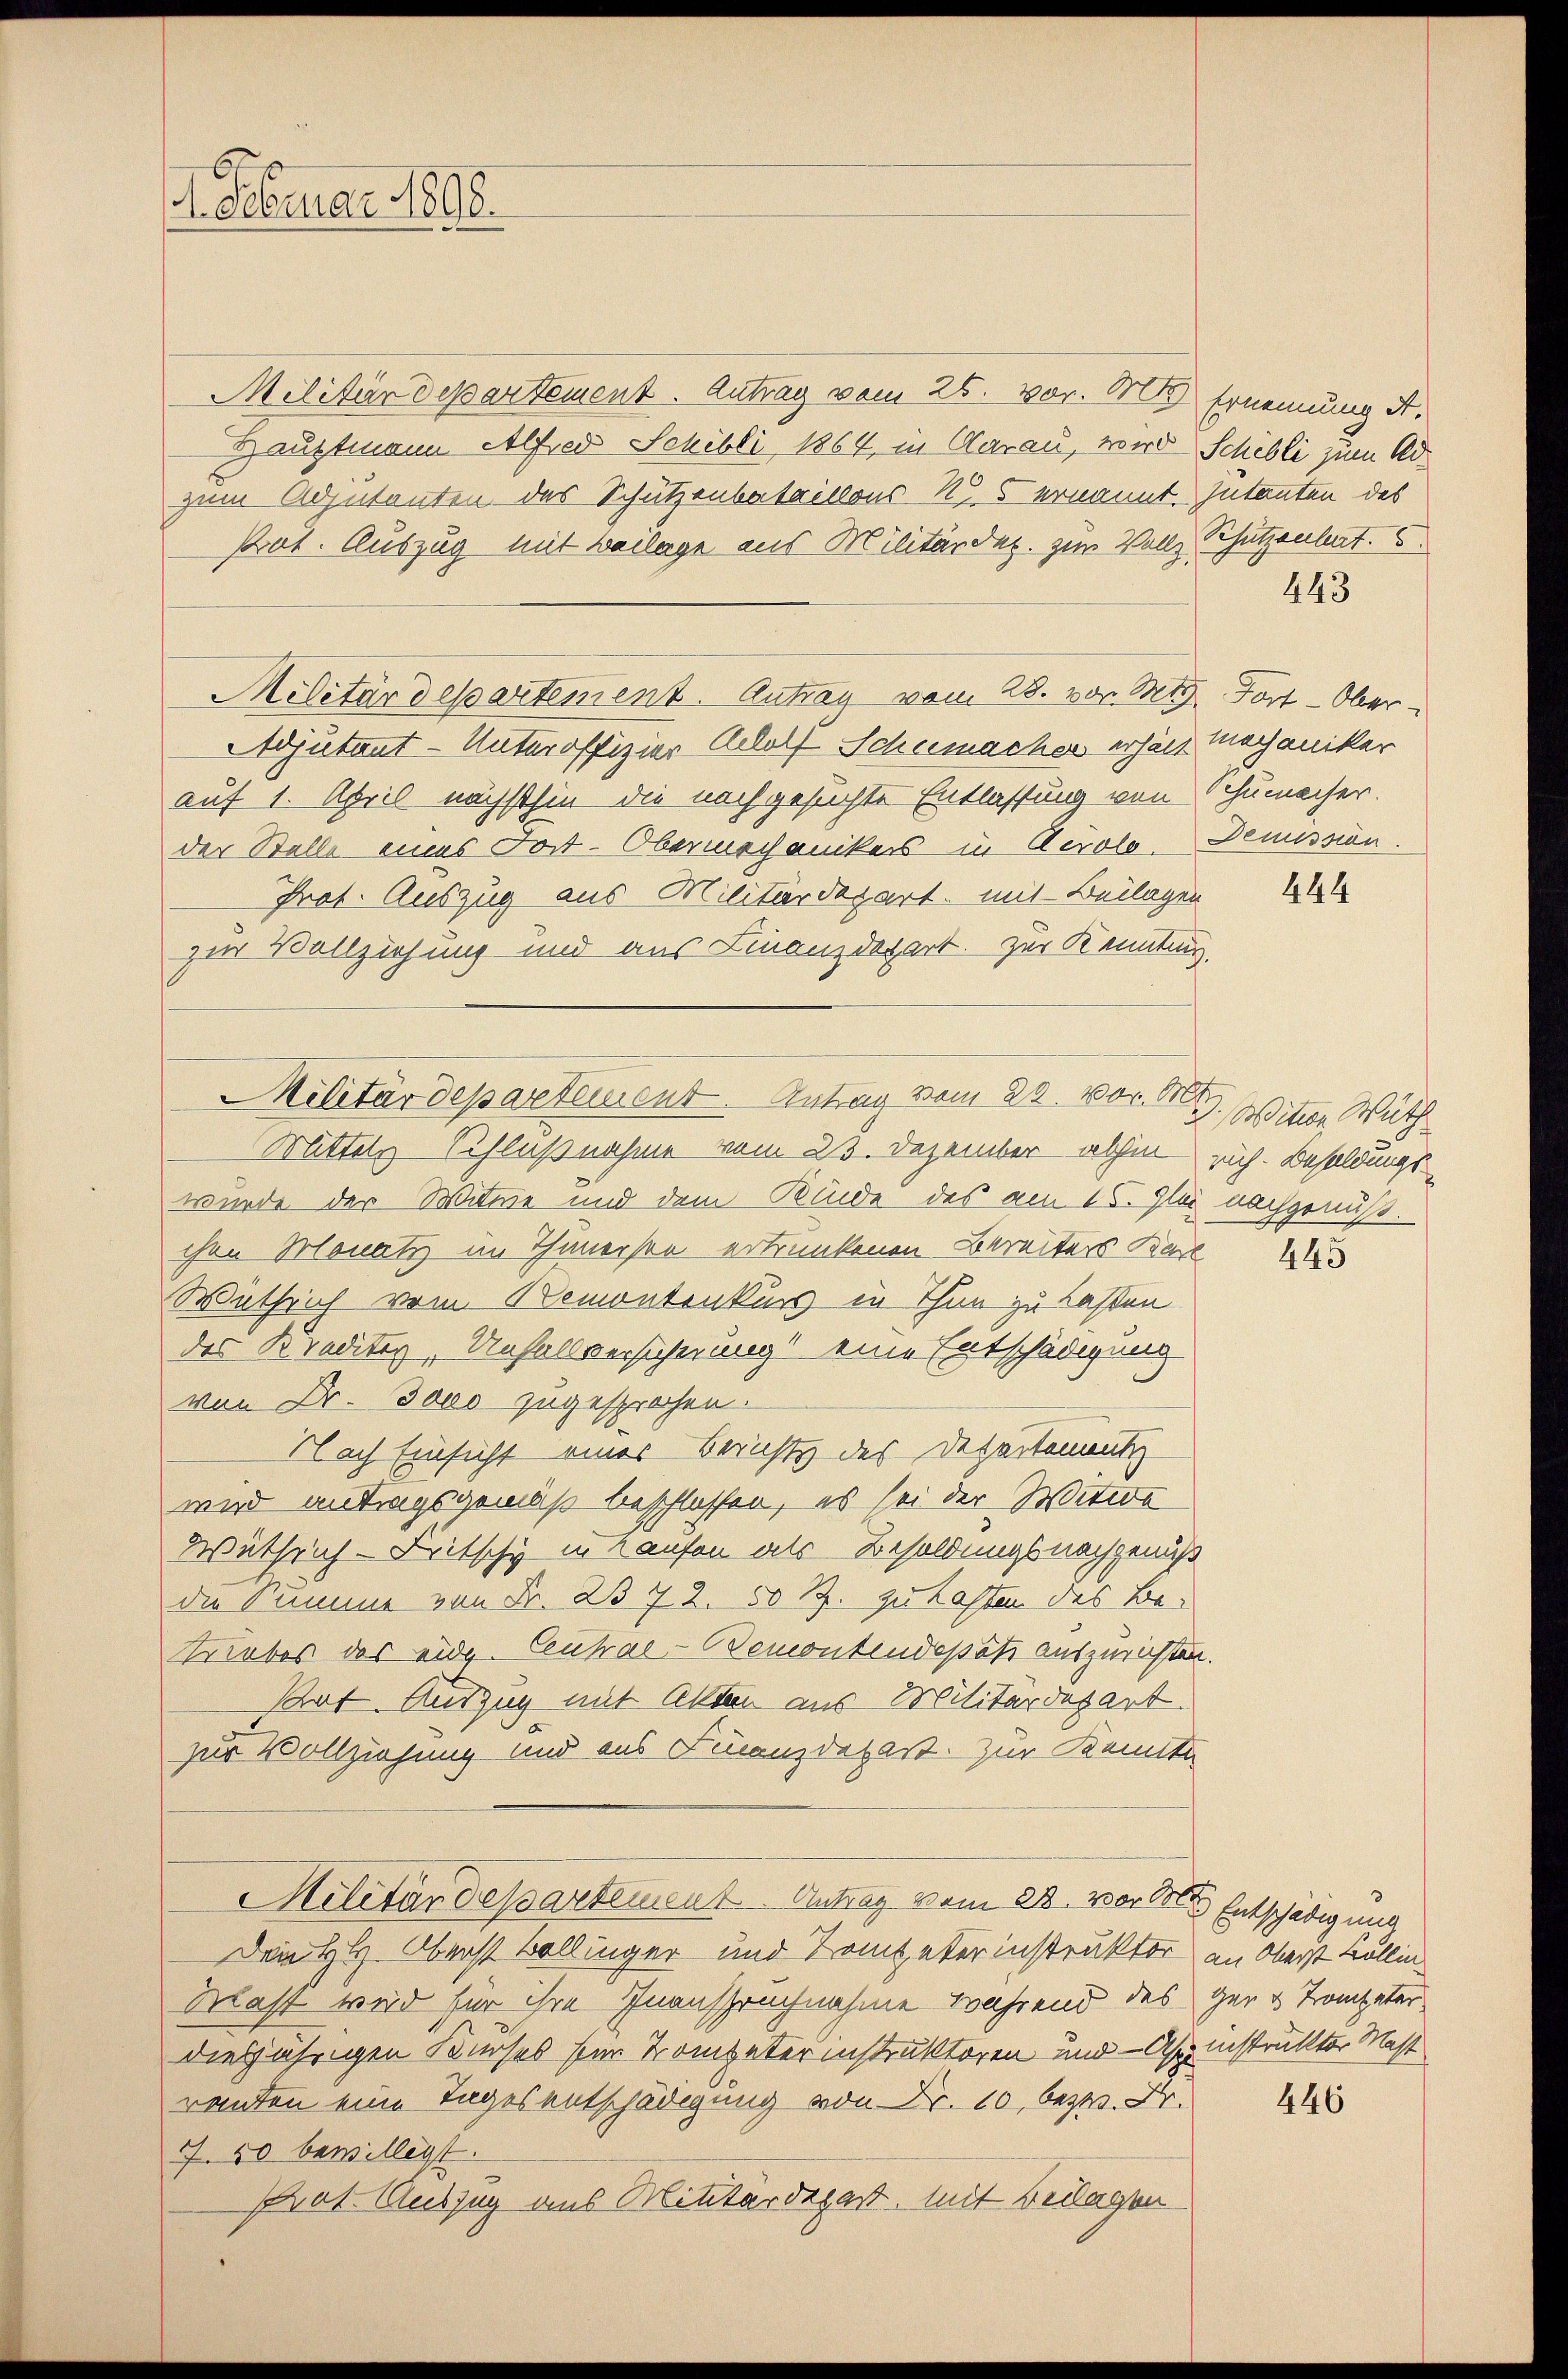
4. Februar 1898.

Militiar Departement. Antrag vom 26. vor. 80) Ernennung d.
Hauptmann Alfred Schöbli 1864, in Aarau, wird Schilli zum Adzum Adjutanten des Schützenbataillons N. ernannt. Intanten des
Prat. Auszug mit Beilage aus Militärdep. zur Vollz Bhützenleert. 5
Militärdepartement. Antrag vom 28. vor. Mts. Fort-Ober¬
Adjutant-Unteroffizier Adolf Schumacher erhält mechaniker
auf 1. April nächsthin die nachgesuchte Entlassung von Schumacher.
der Stelle eines Fort-Obermechanikers in Aerolo. Demission
Prot. Auszug aus Militärdepart mit Beilagen
zur Vollziehung und aus Finanzdepart. Zur Kenntung.
Militärdepartement. Antrag vom 23. Nov. 19. Mitten Wuth
Mittels Schlußnahme vom 23. Dezember abhin rich. Besoldungswurde der Witwe und dem Kinde des am 15. Je nachgenuß-
chen Monatz im Thunerste ertrunkenen Bereiters Karl
Wuthrich vom Remontenkurs in Thun zu laßen.
des Kredites, Unfallversicherungs eine Entschädigung
von Dr. Joso zugesprochen.
Nach Einsicht einer Berichts des Departenutz
wird antragsgemäß beschlossen, es sei der Witwe
Wüthrich-Fritschy in Hausen als Besoldungsnachgenuß
die Summe von Fr. 372. 50 R. gutachten das Be-
Triebes des eidg. Central-Bemontendepot auszurichten.
strat. Auszug mit Alten aus Militärdepart.
zur Vollziehung und aus Finanzdepart. Zur Kenntn
Militärdepartement Antrag vom 23. vor der Entschädigung
Dem H. Oberst Bollinger und Kompeter instruktor an Oberst Kollin¬
Mast wird für ihre Inanspruchnahme während des ger & Trompeter
diesjährigen Kurses für Kompeterinstruktoren und - As. instruktor Mast
ranten eine Tages entschädigung von Fr. 10, bezw. Dr.
N. 50 bewilligt.
Pot. Auszug aus Ritterdegart, mit Beilagen

443

444

445

446